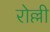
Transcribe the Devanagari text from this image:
रोल्ली